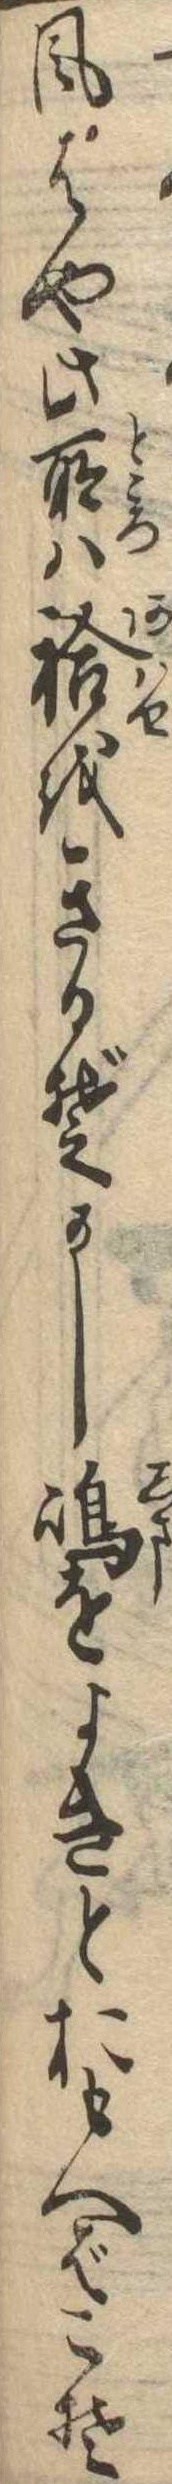
風はや此所は袷をきるぞかし島をよきとおもへばこそ